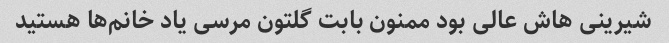
شیرینی هاش عالی بود ممنون بابت گلتون مرسی یاد خانم‌ها هستید